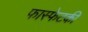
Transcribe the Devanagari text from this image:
फास्फेटकी